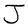
Character: J